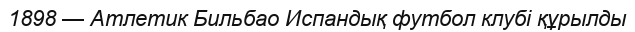
1898 — Атлетик Бильбао Испандық футбол клубi құрылды